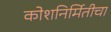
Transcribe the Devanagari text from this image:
कोशनिर्मितीचा